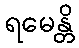
ရမေန္တိ